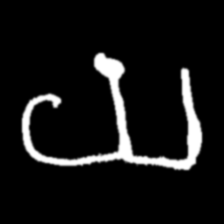
Pyu character \u2014 Myanmar letter: ယ (romanized: ya)